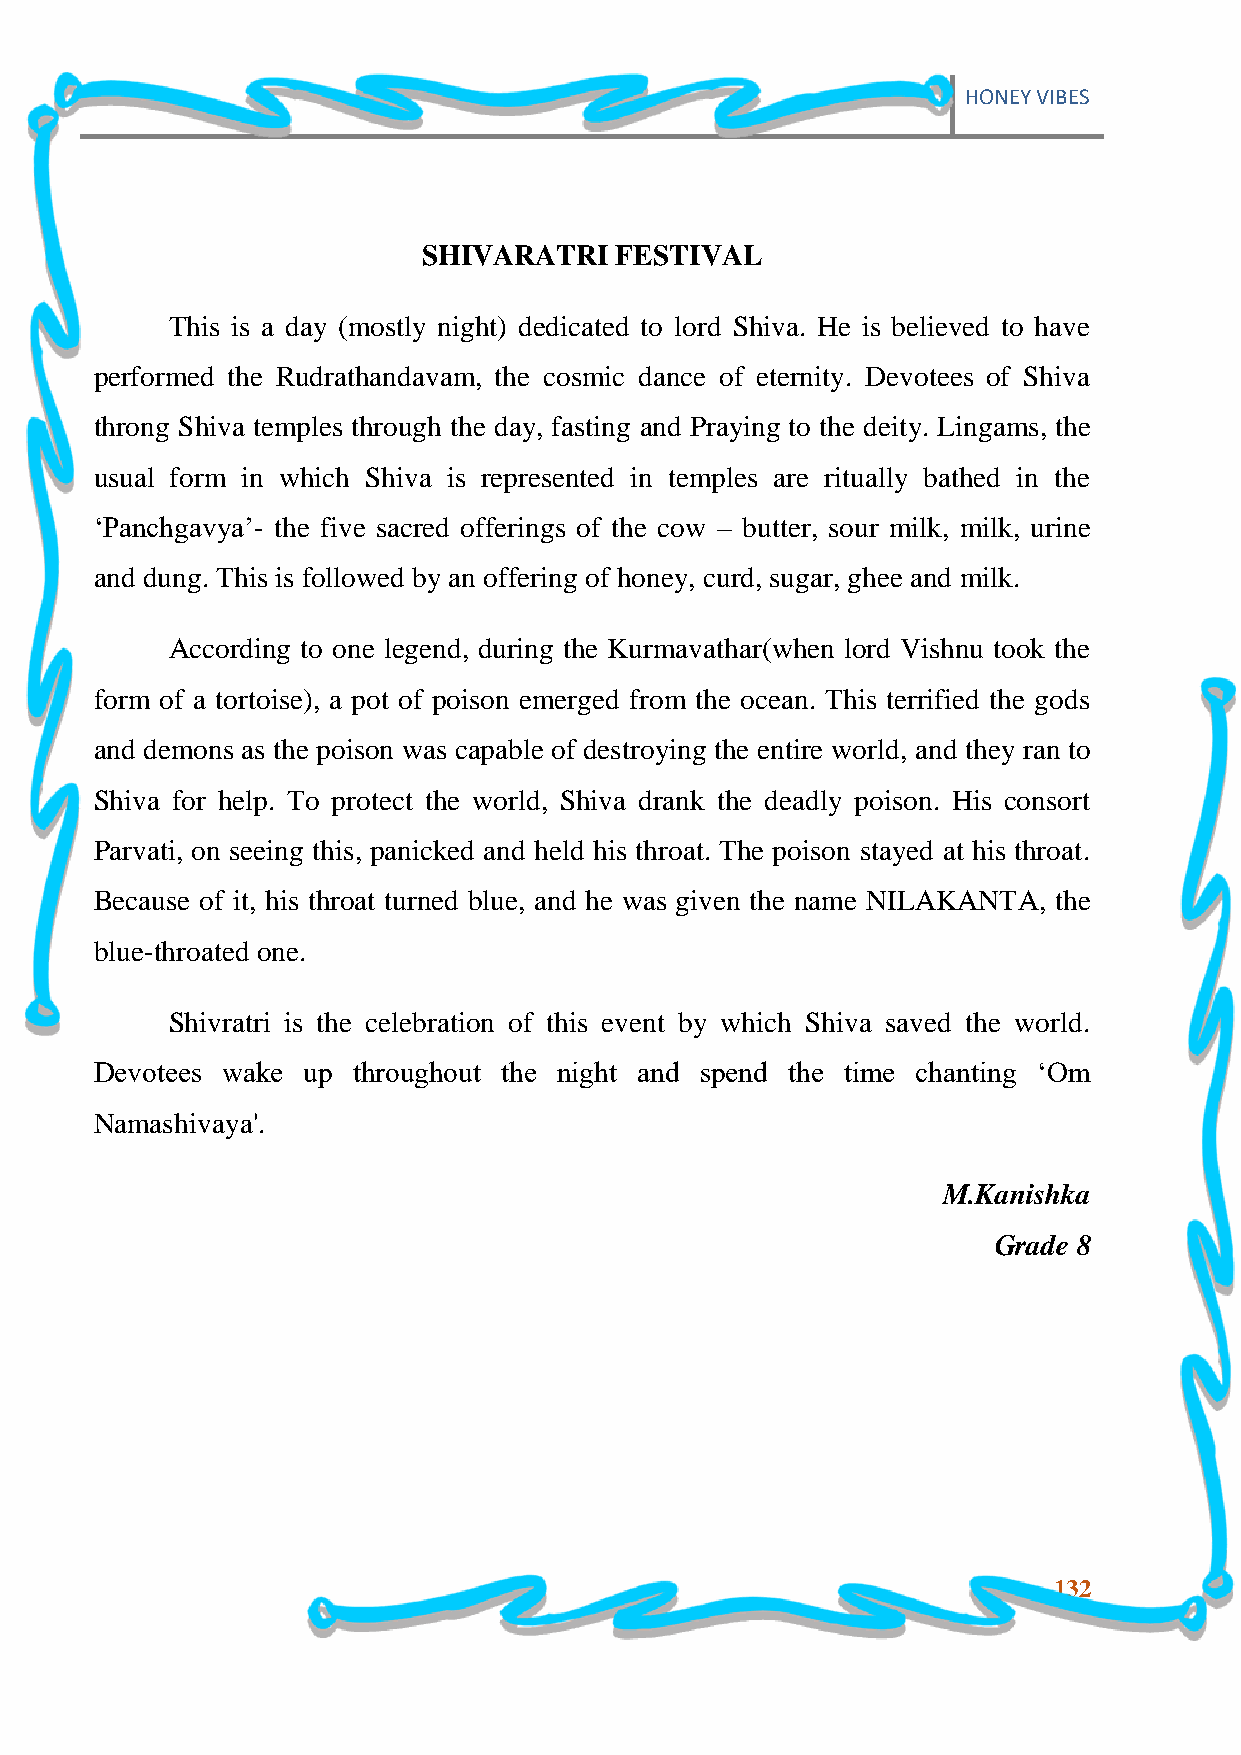
HONEY VIBES
 SHIVARATRI   FESTIVAL
 This is a day (mostly night) dedicated to lord Shiva. He is believed to have
 performed the Rudrathandavam, the cosmic dance of eternity. Devotees of Shiva
 throng Shiva temples through the day, fasting and Praying to the deity. Lingams, the
 usual form in which Shiva is represented in temples are ritually bathed in the
 „Panchgavya‟- the five sacred offerings of the cow – butter, sour milk, milk, urine
 and dung. This is followed by an offering of honey, curd, sugar, ghee and milk.
 According to one legend, during the Kurmavathar(when lord Vishnu took the
 form of a tortoise), a pot of poison emerged from the ocean. This terrified the gods
 and demons as the poison was capable of destroying the entire world, and they ran to
 Shiva for help. To protect the world, Shiva drank the deadly poison. His consort
 Parvati, on seeing this, panicked and held his throat. The poison stayed at his throat.
 Because of it, his throat turned blue, and he was given the name NILAKANTA, the
 blue-throated one.
 Shivratri is the celebration of this event by which Shiva saved the world.
 Devotees wake up throughout the night and spend the time chanting „Om
 Namashivaya'.
 M.Kanishka
 Grade 8
 132